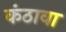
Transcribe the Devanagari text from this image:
कंठावा